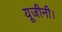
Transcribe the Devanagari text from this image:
यूजीनी।